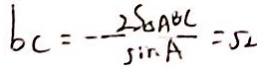
b c = - \frac { 2 S _ { \Delta } A B C } { \sin A } = 5 2